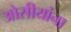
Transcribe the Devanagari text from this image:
ओसीयांना